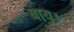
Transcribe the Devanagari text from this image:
बाय।